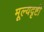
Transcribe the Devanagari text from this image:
मूल्यदृष्टी